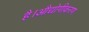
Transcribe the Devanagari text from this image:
है।औद्योगीकरण